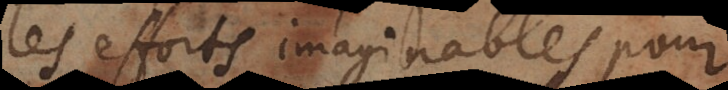
les efforts imaginables pour